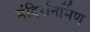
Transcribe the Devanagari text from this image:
मंदिरनिर्मिण